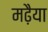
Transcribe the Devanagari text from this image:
मढ़ैया